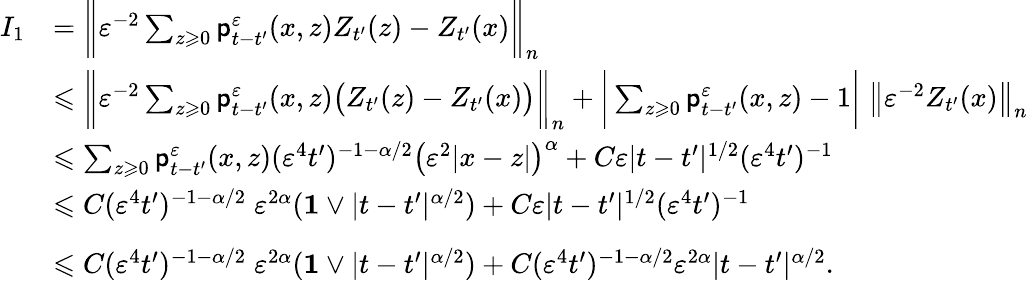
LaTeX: \begin{array}{rl}{I_{1}}&{=\bigg\| \varepsilon^{-2}\sum_{z\geqslant 0}\mathsf{p}_{t-t^{\prime}}^{\varepsilon}(x,z)Z_{t^{\prime}}(z)-Z_{t^{\prime}}(x)\bigg\| _{n}}\\ &{\leqslant\bigg\| \varepsilon^{-2}\sum_{z\geqslant 0}\mathsf{p}_{t-t^{\prime}}^{\varepsilon}(x,z)\big(Z_{t^{\prime}}(z)-Z_{t^{\prime}}(x)\big)\bigg\| _{n}+\bigg|\sum_{z\geqslant 0}\mathsf{p}_{t-t^{\prime}}^{\varepsilon}(x,z)-1\bigg|\; \big\| \varepsilon^{-2}Z_{t^{\prime}}(x)\big\| _{n}}\\ &{\leqslant\sum_{z\geqslant 0}\mathsf{p}_{t-t^{\prime}}^{\varepsilon}(x,z)(\varepsilon^{4}t^{\prime})^{-1-\alpha/2}\big(\varepsilon^{2}|x-z|\big)^{\alpha}+C\varepsilon|t-t^{\prime}|^{1/2}(\varepsilon^{4}t^{\prime})^{-1}}\\ &{\leqslant C(\varepsilon^{4}t^{\prime})^{-1-\alpha/2}\; \varepsilon^{2\alpha}(\mathbf{1}\vee|t-t^{\prime}|^{\alpha/2})+C\varepsilon|t-t^{\prime}|^{1/2}(\varepsilon^{4}t^{\prime})^{-1}}\\ &{\leqslant C(\varepsilon^{4}t^{\prime})^{-1-\alpha/2}\; \varepsilon^{2\alpha}(\mathbf{1}\vee|t-t^{\prime}|^{\alpha/2})+C(\varepsilon^{4}t^{\prime})^{-1-\alpha/2}\varepsilon^{2\alpha}|t-t^{\prime}|^{\alpha/2}.\vphantom{\bigg(}}\end{array}